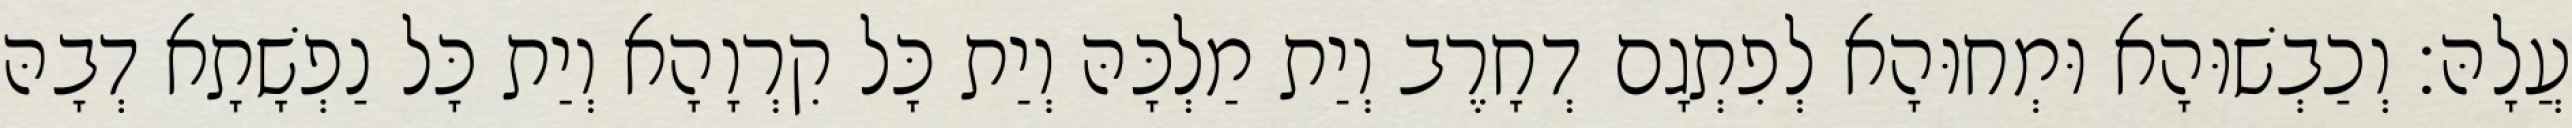
עֲלָהּ׃ וְכַבְשׁוּהָא וּמְחוּהָא לְפִתְגָם דְחָרֶב וְיַת מַלְכָּהּ וְיַת כָּל קִרְוָהָא וְיַת כָּל נַפְשָׁתָא דְבָהּ